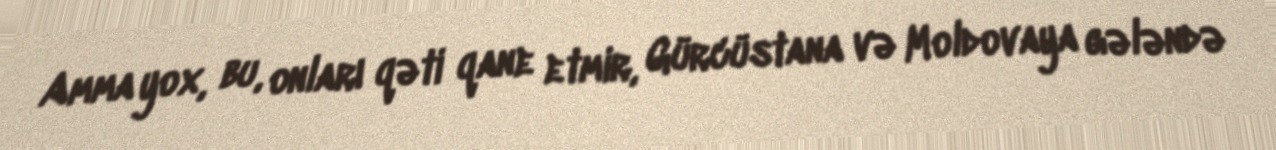
Amma yox, bu, onları qəti qane etmir, Gürcüstana və Moldovaya gələndə